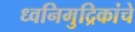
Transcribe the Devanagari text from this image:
ध्वनिमुद्रिकांचे